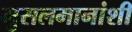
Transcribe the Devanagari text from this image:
मुसलमानांशी